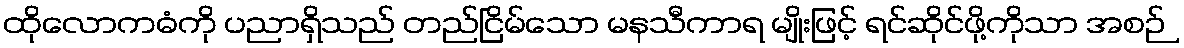
ထိုလောကဓံကို ပညာရှိသည် တည်ငြိမ်သော မနသီကာရ မျိုးဖြင့် ရင်ဆိုင်ဖို့ကိုသာ အစဉ်